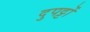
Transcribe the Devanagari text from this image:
दुपट्टों